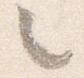
々